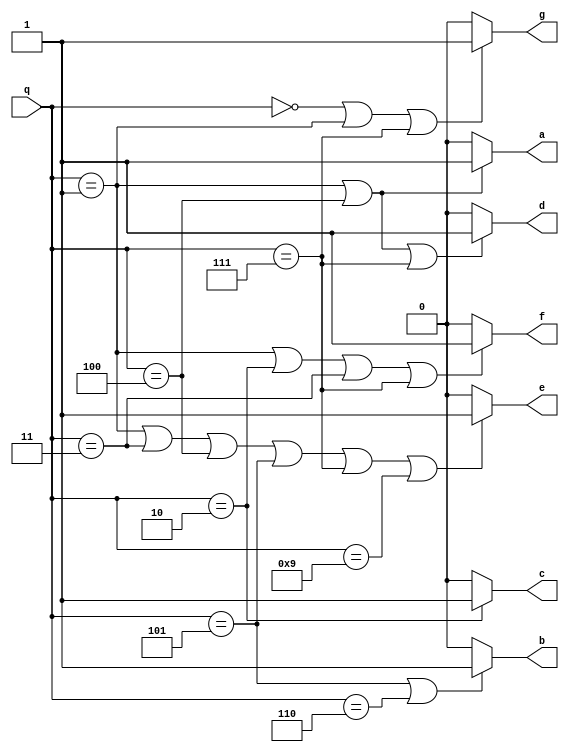
module BCD_to_7_segment (a,b,c,d,e,f,g,q);
	output a,b,c,d,e,f,g;
	input [3:0] q;

	assign a = (q == 1 || q == 4) ? 1'b1 : 1'b0;
	assign b = (q == 5 || q == 6) ? 1'b1 : 1'b0;
	assign c = (q == 2) ? 1'b1 : 1'b0;
	assign d = (q == 1 || q == 4 || q == 7) ? 1'b1 : 1'b0;
	assign e = (q == 1 || q == 3 || q == 4 || q == 5 || q == 7 || q == 9) ? 1'b1 : 1'b0;
	assign f = (q == 1 || q == 2 || q == 3 || q == 7) ? 1'b1 : 1'b0;
	assign g = (q == 0 || q == 1 || q == 7) ? 1'b1 : 1'b0;

endmodule